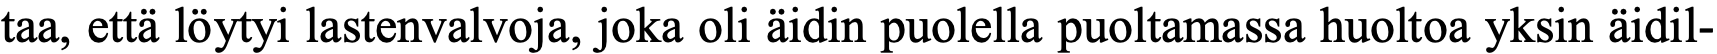
taa, että löytyi lastenvalvoja, joka oli äidin puolella puoltamassa huoltoa yksin äidil-